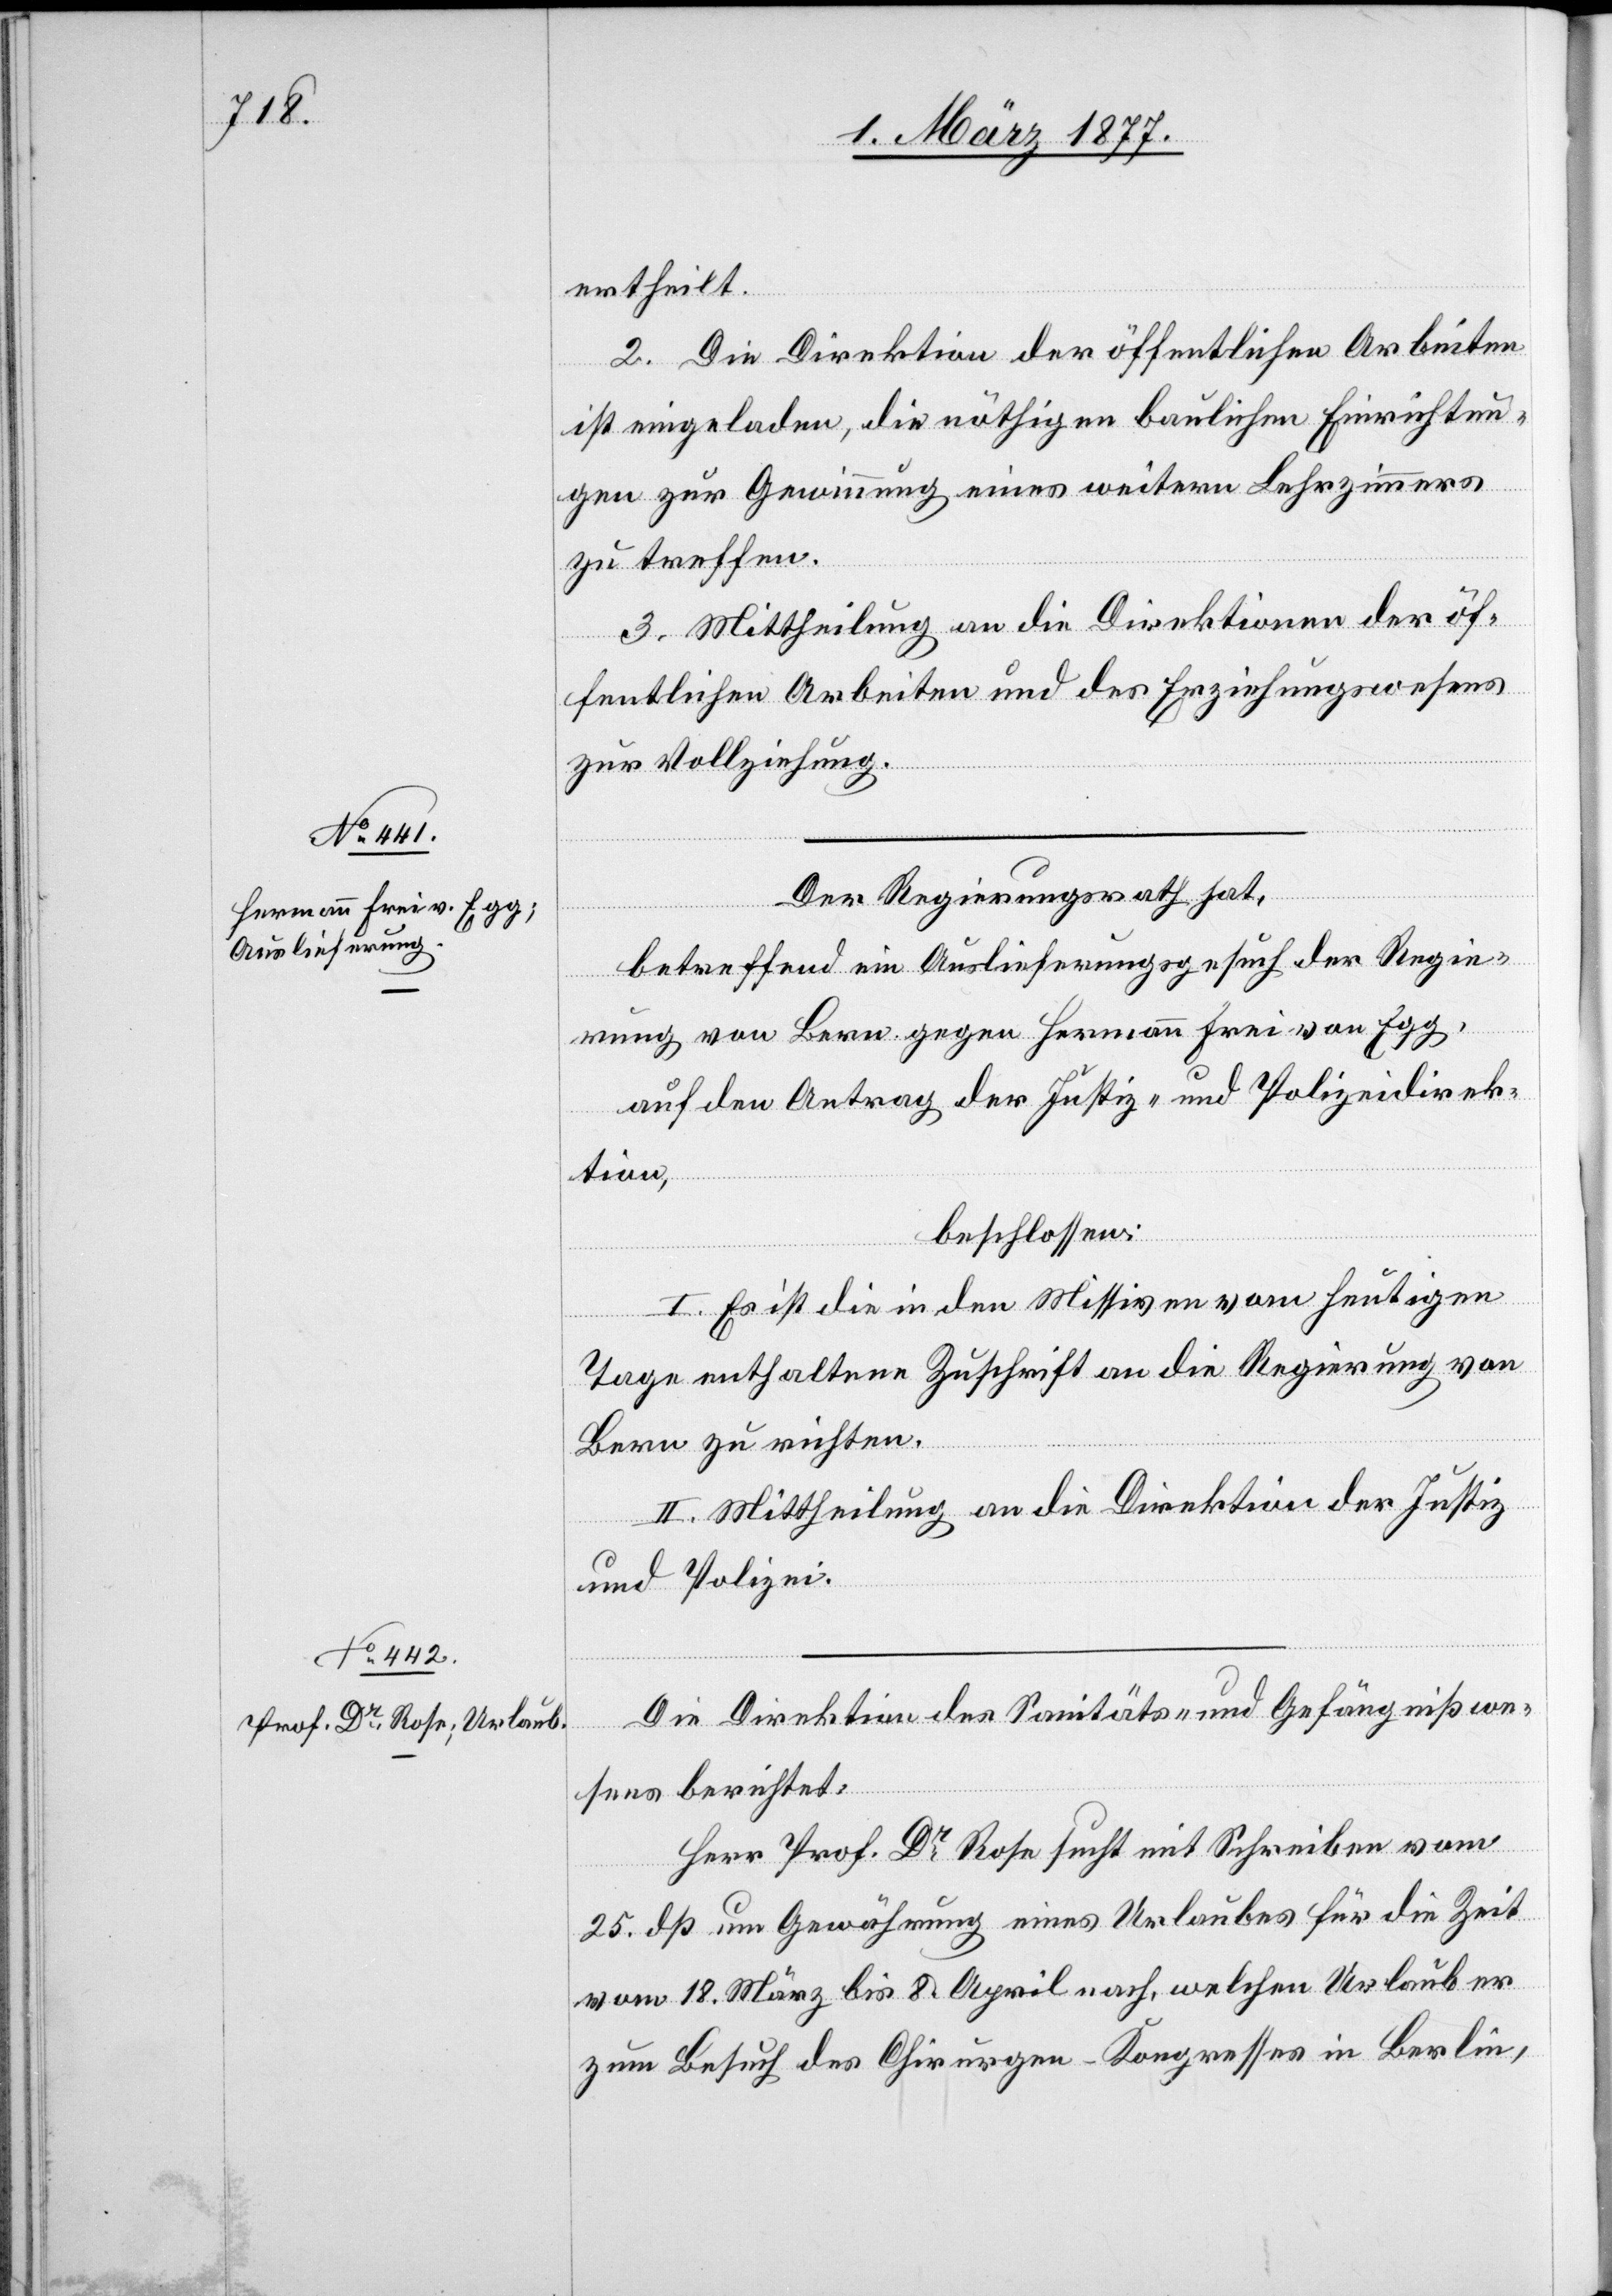
ertheilt.
2. Die Direktion der öffentlichen Arbeiten
ist eingeladen, die nöthigen baulichen Einrichtun¬
gen zur Gewinnung eines weitern Lehrzimmers
zu treffen.
3. Mittheilung an die Direktionen der öf¬
fentlichen Arbeiten und des Erziehungswesens
zur Vollziehung.
Der Regierungsrath hat,
betreffend ein Auslieferungsgesuch der Regie¬
rung von Bern gegen Hermann Frei von Egg,
auf den Antrag der Justiz- und Polizeidirek¬
tion,
beschlossen:
I. Es ist die in den Missiven vom heutigen
Tage enthaltene Zuschrift an die Regierung von
Bern zu richten.
II. Mittheilung an die Direktion der Justiz
und Polizei.
Die Direktion des Sanitäts- und Gefängnißwe¬
sens berichtet:
Herr Prof. Dr Rose sucht mit Schreiben vom
25. dß um Gewährung eines Urlaubes für die Zeit
vom 18. März bis 8. April nach, welchen Urlaub er
zum Besuch des Chirurgen-Kongresses in Berlin,